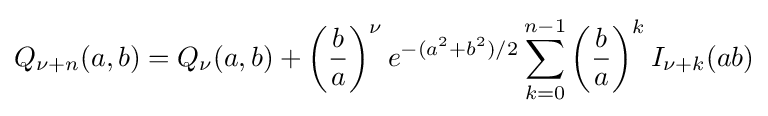
Q_{\nu +n}(a,b)=Q_{\nu }(a,b)+\left({\frac {b}{a}}\right)^{\nu }e^{-(a^{2}+b^{2})/2}\sum _{k=0}^{n-1}\left({\frac {b}{a}}\right)^{k}I_{\nu +k}(ab)